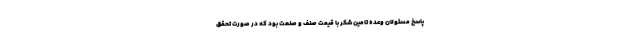
پاسخ مسئولان وعده تامین شکر با قیمت صنف و صنعت بود که در صورت تحقق